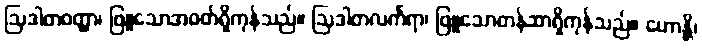
ဩဒါတဝတ္ထာ၊ ဖြူသောအဝတ်ရှိကုန်သည်။ ဩဒါတလင်္ကရာ၊ ဖြူသောတန်ဆာရှိကုန်သည်။ ဟောန္တိ၊